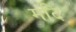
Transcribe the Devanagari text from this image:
मंदि